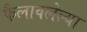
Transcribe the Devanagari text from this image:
फैलावलेल्या